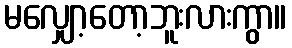
မလျှော့တော့ဘူးလားကွာ။